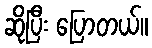
ဆိုပြီး ပြောတယ်။